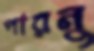
পারনু